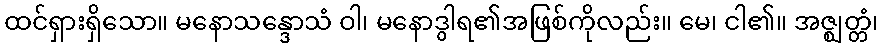
ထင်ရှားရှိသော။ မနောသန္ဒောသံ ဝါ၊ မနောဒွါရ၏အဖြစ်ကိုလည်း။ မေ၊ ငါ၏။ အဇ္ဈတ္တံ၊